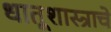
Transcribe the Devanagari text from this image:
धातूशास्त्राचे